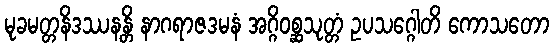
မုခမတ္တနိဒဿနန္တိ နာဂရာဇဒမနံ အဂ္ဂိဝစ္ဆသုတ္တံ ဥပသဂ္ဂေါတိ ကောသတော